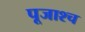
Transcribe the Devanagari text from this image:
पूजाश्‍च